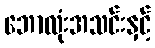
ဘောလုံးအသင်းနှင့်